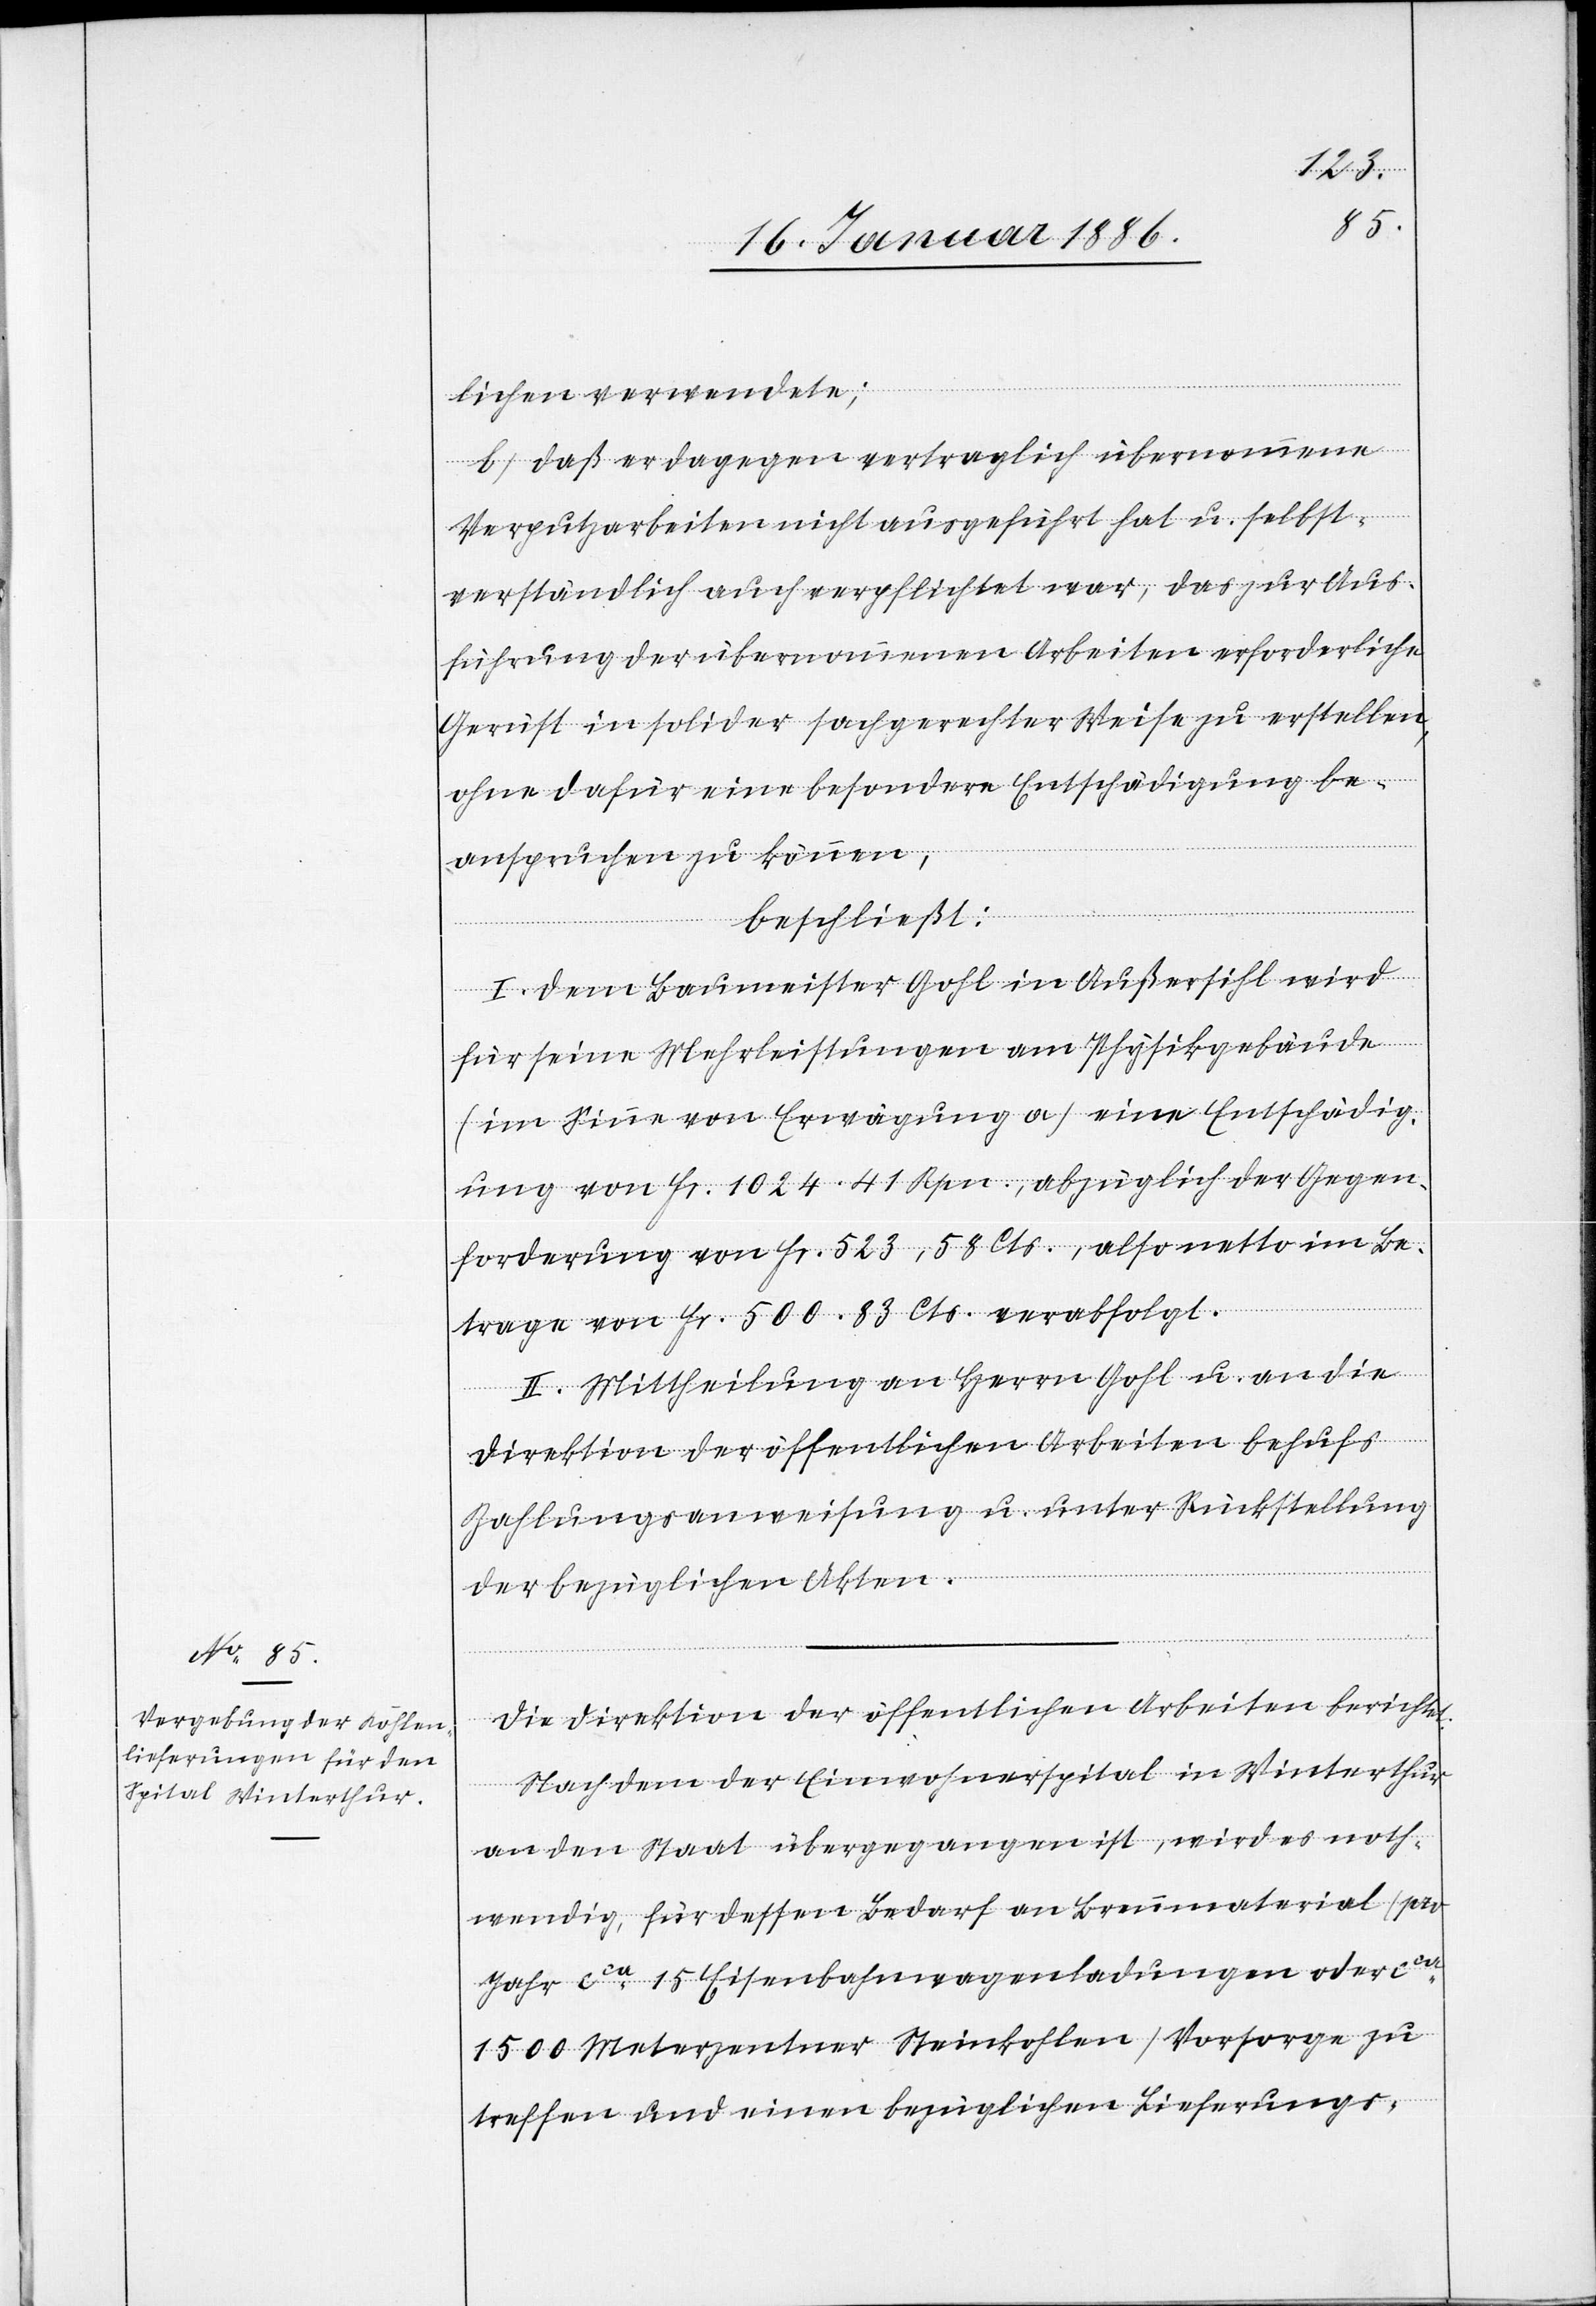
lichen verwendete;
b) daß er dagegen vertraglich übernommene
Verputzarbeiten nicht ausgeführt hat u. selbst¬
verständlich auch verpflichtet war, das zur Aus¬
führung der übernommenen Arbeiten erforderliche
Gerüst in solcher fachgerechter Weise zu erstellen,
ohne dafür eine besondere Entschädigung be¬
anspruchen zu können,
beschließt:
I. Dem Baumeister Gohl in Außersihl wird
für seine Mehrleistungen am Physikgebäude
(im Sinne von Erwägung a) eine Entschädig¬
ung von Fr. 1024.41 Rpn., abzüglich der Gegen¬
forderung von Fr. 523,58 Cts., also netto im Be¬
trage von Fr. 500,83 Cts. verabfolgt.
II. Mittheilung an Herrn Gohl u. an die
Direktion der öffentlichen Arbeiten behufs
Zahlungsanweisung u. unter Rückstellung
der bezüglichen Akten.
Die Direktion der öffentlichen Arbeiten berichtet:
Nachdem der Einwohnerspital in Winterthur
an den Staat übergegangen ist, wird es noth¬
wendig, für dessen Bedarf an Brennmaterial (pro
Jahr cca 115 Eisenbahnwagenladungen oder cca
1500 Meterzentner Steinkohlen) Vorsorge zu
treffen und einen bezüglichen Lieferungs-